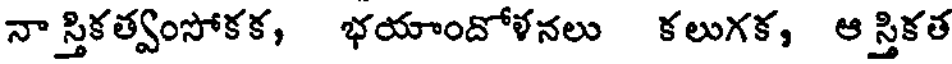
నా స్తికత్వంసోకక, భయాందోళనలు కలుగక, ఆ స్తికత